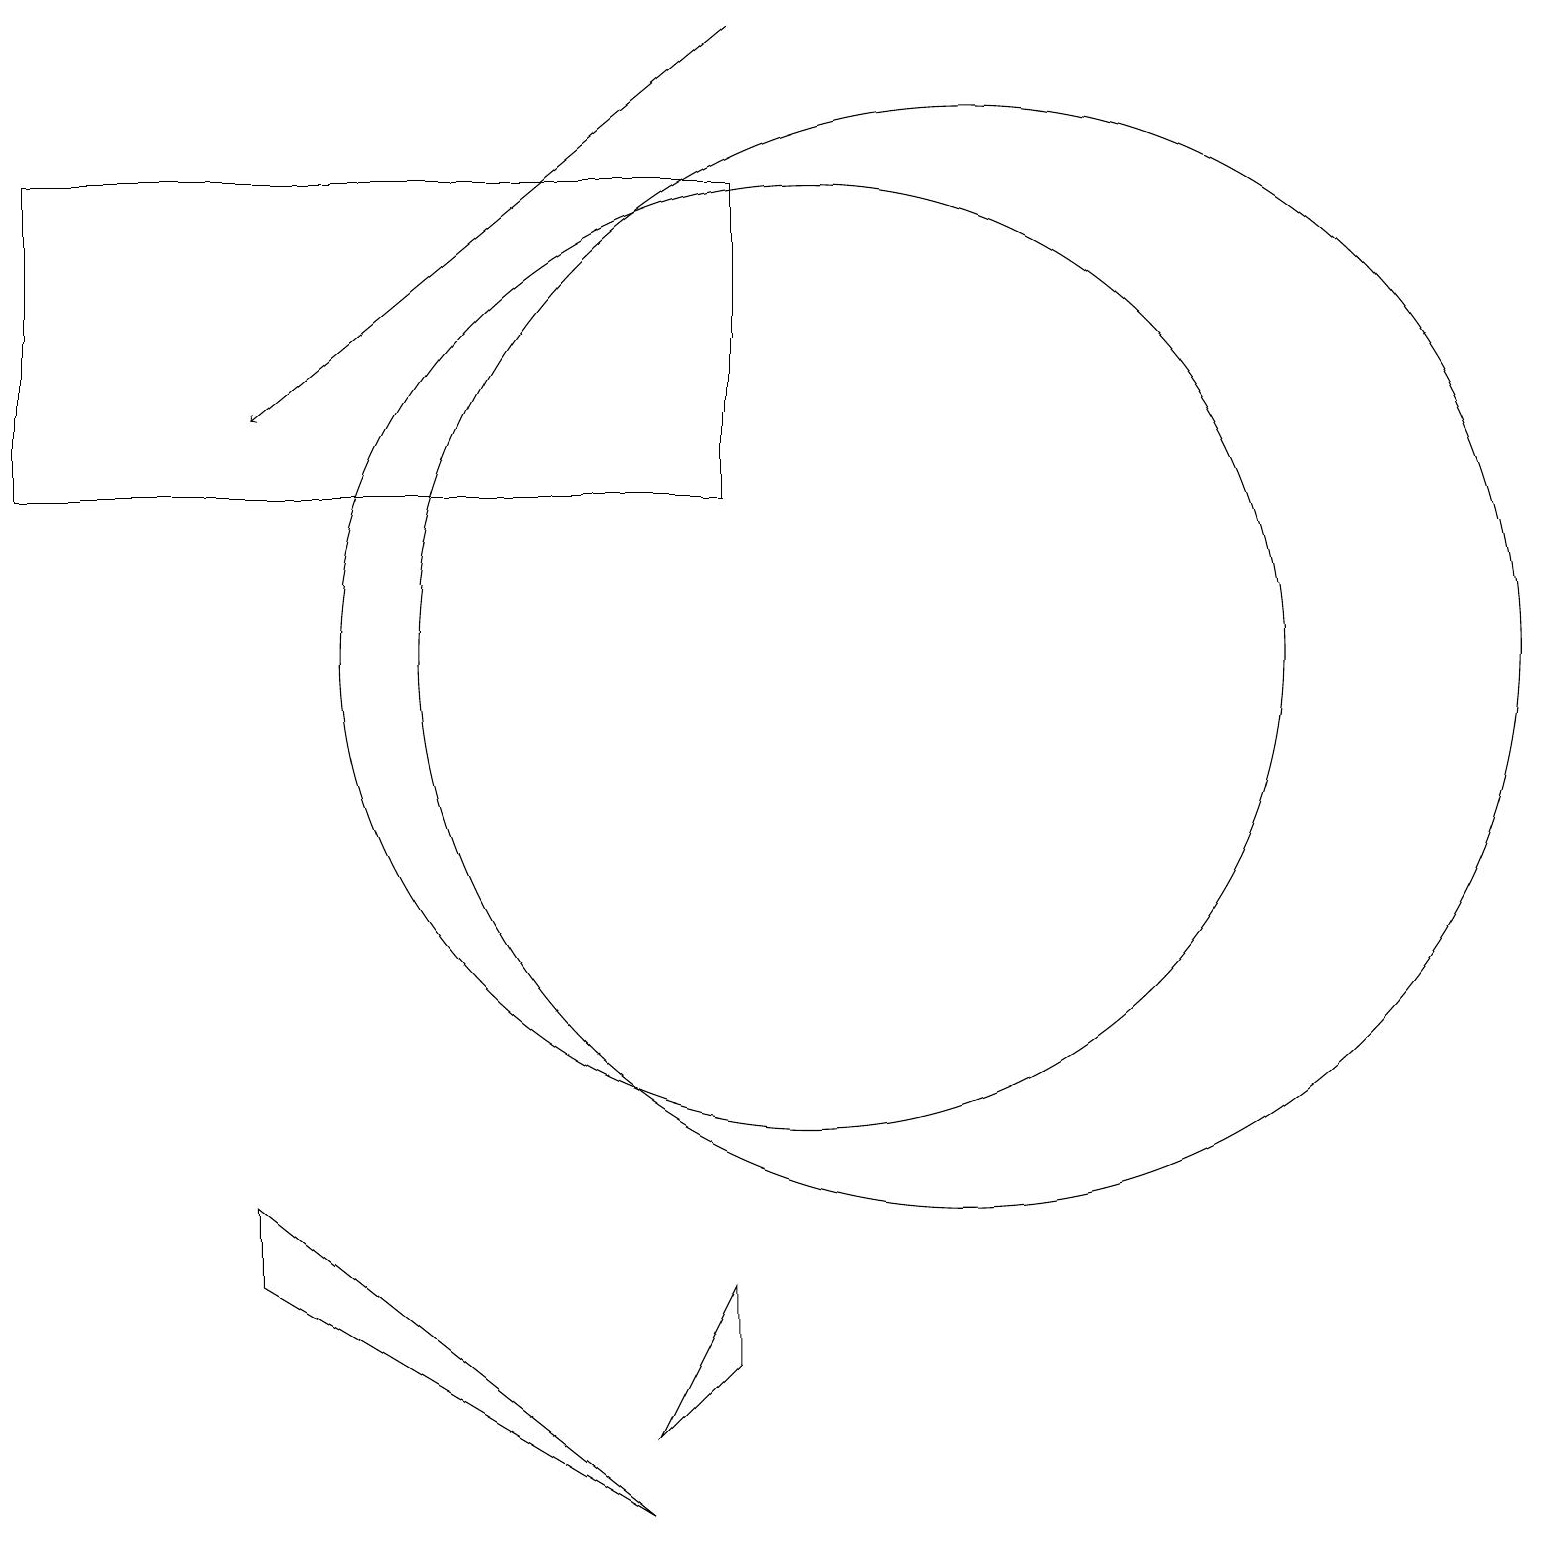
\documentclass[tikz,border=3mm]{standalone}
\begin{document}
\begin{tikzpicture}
\draw (12,11) circle (7);
\draw (9,13) rectangle (0,17);
\draw[->] (9,19) -- (3,14);
\draw (3,3) -- (3,4) -- (8,0) -- cycle;
\draw (10,11) circle (6);
\draw (9,3) -- (9,2) -- (8,1) -- cycle;
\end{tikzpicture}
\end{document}